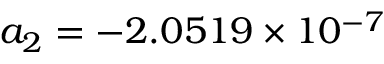
a _ { 2 } = - 2 . 0 5 1 9 \times 1 0 ^ { - 7 }